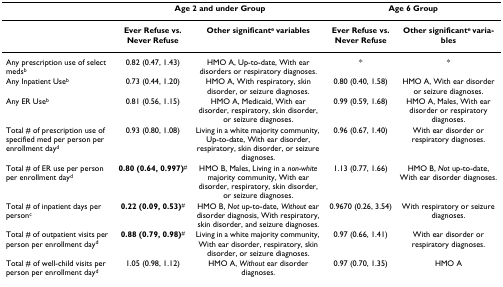
|  | <COLSPAN=2> Age 2 and under Group | <COLSPAN=2> Age 6 Group |
 | --- | --- | --- | --- | --- |
 |  | Ever Refuse vs.Never Refuse | Other significante variables | Ever Refuse vs.Never Refuse | Other significante variables |
 | Any prescription use of select medsb | 0.82 (0.47, 1.43) | HMO A, Up-to-date, With ear disorders or respiratory diagnoses. | * | * |
 | Any Inpatient Useb | 0.73 (0.44, 1.20) | HMO A, With respiratory, skin disorder, or seizure diagnoses. | 0.80 (0.40, 1.58) | HMO A, With ear disorder or seizure diagnoses. |
 | Any ER Useb | 0.81 (0.56, 1.15) | HMO A, Medicaid, With ear disorder, respiratory, skin disorder, or seizure diagnoses. | 0.99 (0.59, 1.68) | HMO A, Males, With ear disorder or respiratory diagnoses. |
 | Total # of prescription use of specified med per person per enrollment dayd | 0.93 (0.80, 1.08) | Living in a white majority community, Up-to-date, With ear disorder, respiratory, skin disorder, or seizure diagnoses. | 0.96 (0.67, 1.40) | With ear disorder or respiratory diagnoses. |
 | Total # of ER use per person per enrollment dayd | 0.80 (0.64, 0.997)# | HMO B, Males, Living in a non-white majority community, With ear disorder, respiratory, skin disorder, or seizure diagnoses. | 1.13 (0.77, 1.66) | HMO B, Not up-to-date, With ear disorder diagnoses. |
 | Total # of inpatient days per personc | 0.22 (0.09, 0.53)# | HMO B, Not up-to-date, Without ear disorder diagnosis, With respiratory, skin disorder, and seizure diagnoses. | 0.9670 (0.26, 3.54) | With respiratory or seizure diagnoses. |
 | Total # of outpatient visits per person per enrollment dayd | 0.88 (0.79, 0.98)# | Living in a white majority community, With ear disorder, respiratory, skin disorder, or seizure diagnoses. | 0.97 (0.66, 1.41) | With ear disorder or respiratory diagnoses. |
 | Total # of well-child visits per person per enrollment dayd | 1.05 (0.98, 1.12) | HMO A, Without ear disorder diagnoses. | 0.97 (0.70, 1.35) | HMO A |